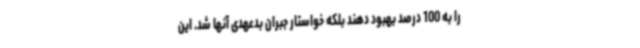
را به 100 درصد بهبود دهند بلکه خواستار جبران بدعهدی آنها شد. این